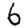
Digit: 6